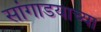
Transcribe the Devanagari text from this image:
सांगाडयाच्या